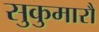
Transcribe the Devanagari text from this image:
सुकुमारौ